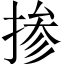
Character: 掺